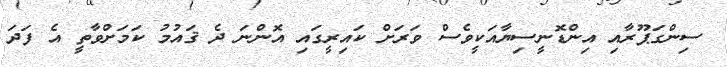
ސިންގަޕޫރާއި އިންޑޮނީސިޔާއަކީވެސް ވަރަށް ކައިރީގައި އޮންނަ ދެ ޤައުމު ކަމަށްވާތީ އެ ފަދަ